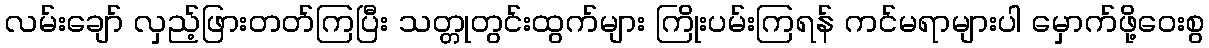
လမ်းချော် လှည့်ဖြားတတ်ကြပြီး သတ္တုတွင်းထွက်များ ကြိုးပမ်းကြရန် ကင်မရာများပါ မှောက်ဖို့ဝေးစွ